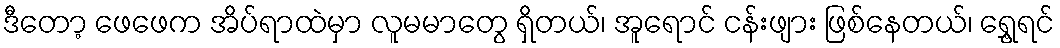
ဒီတော့ ဖေဖေက အိပ်ရာထဲမှာ လူမမာတွေ ရှိတယ်၊ အူရောင် ငန်းဖျား ဖြစ်နေတယ်၊ ရွှေ့ရင်